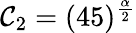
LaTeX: \mathcal{C}_{2}=(45)^{\frac{\alpha}{2}}